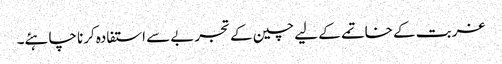
غربت کے خاتمے کے لیے چین کے تجربے سے استفادہ کرنا چاہئے۔